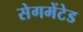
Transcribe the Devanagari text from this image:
सेगमेंटेड